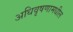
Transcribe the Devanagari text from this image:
अधिवृषणामधील